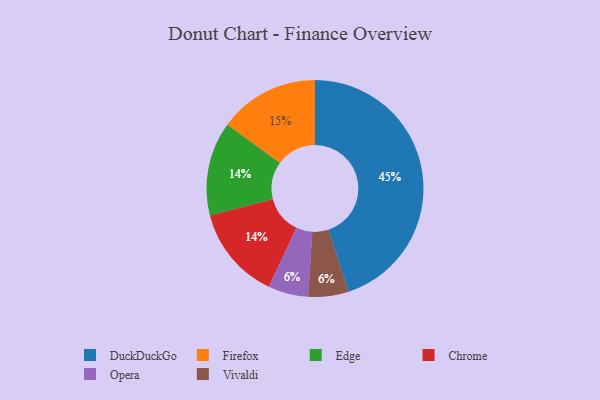
{"axis": {"x": "Category", "y": "Percentage"}, "legend": ["Chrome", "DuckDuckGo", "Edge", "Firefox", "Opera", "Vivaldi"], "data": [{"x": "Firefox", "y": 15, "type": "Firefox"}, {"x": "Edge", "y": 14, "type": "Edge"}, {"x": "Opera", "y": 6, "type": "Opera"}, {"x": "Vivaldi", "y": 6, "type": "Vivaldi"}, {"x": "Chrome", "y": 14, "type": "Chrome"}, {"x": "DuckDuckGo", "y": 45, "type": "DuckDuckGo"}]}